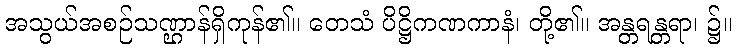
အသွယ်အစဉ်သဏ္ဌာန်ရှိကုန်၏။ တေသံ ပိဋ္ဌိကဏကာနံ၊ တို့၏။ အန္တရန္တရာ၊ ၌။